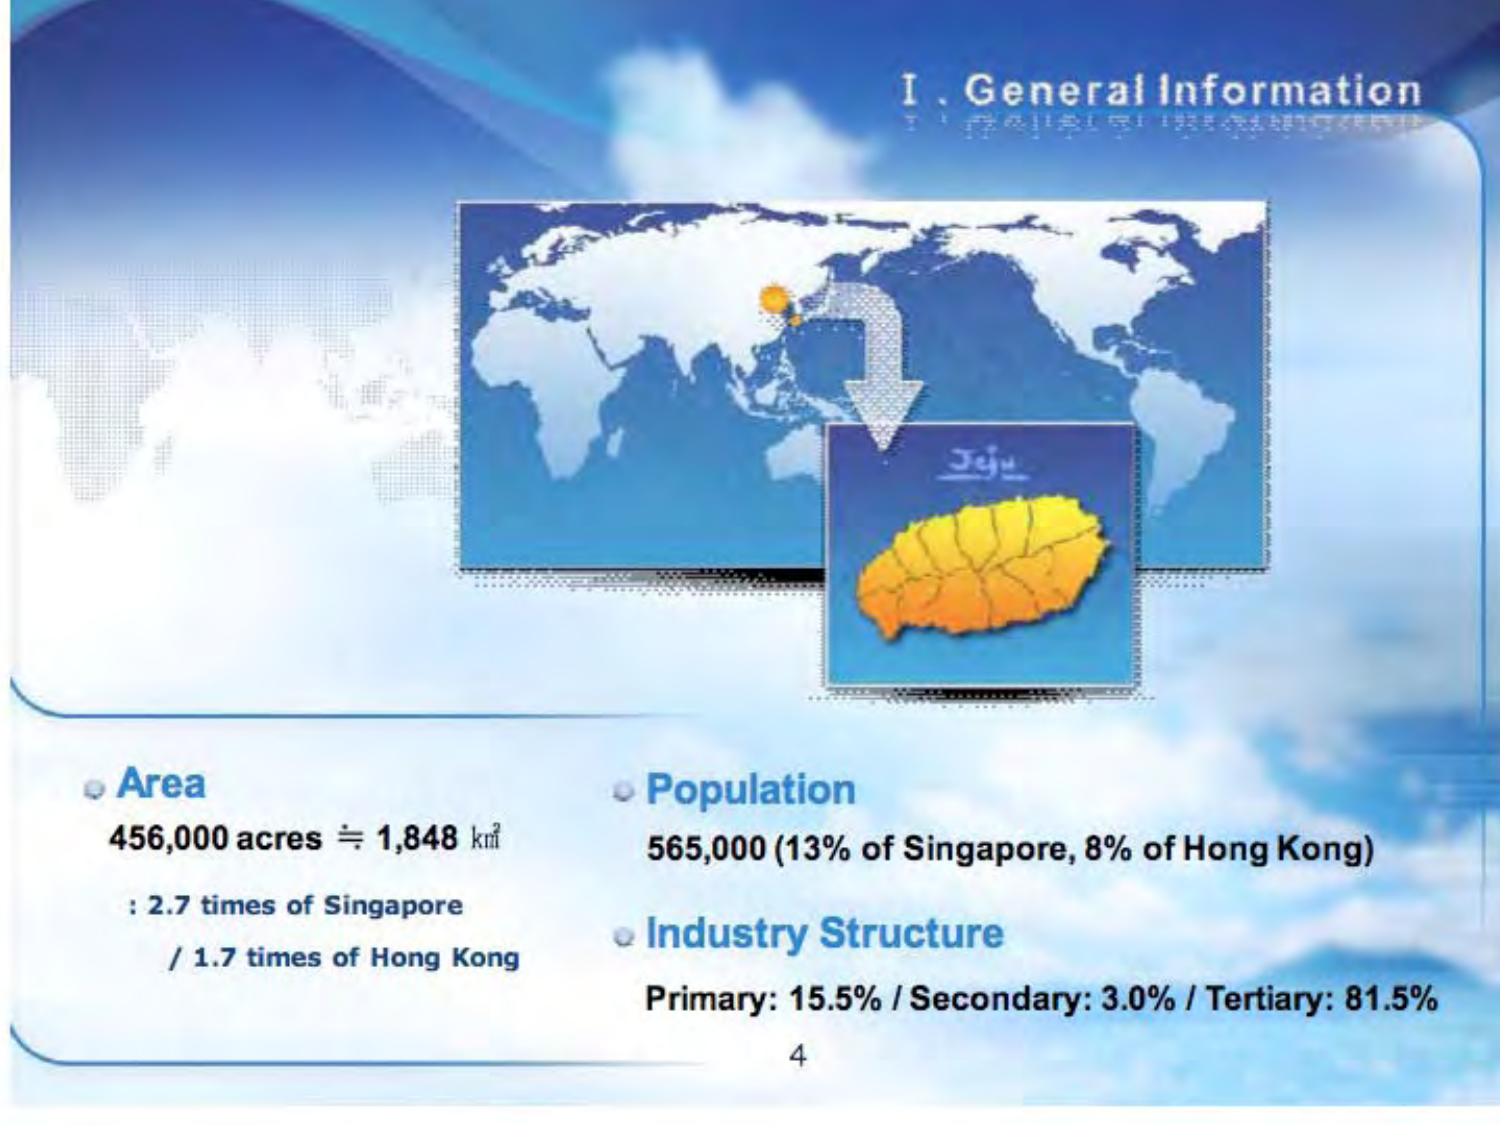
I. General Information

Area
456,000 acres ≒ 1,848 km²
: 2.7 times of Singapore
/ 1.7 times of Hong Kong

Population
565,000 (13% of Singapore, 8% of Hong Kong)

Industry Structure
Primary: 15.5% / Secondary: 3.0% / Tertiary: 81.5%

4

조선